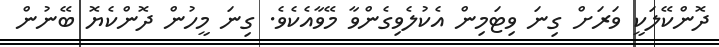
ދޮންކޭލަކީ ވަރަށް ގިނަ ވިޓަމިން އެކުލެވިގެންވާ މޭވާއެކެވެ. ގިނަ މީހުން ދޮންކެޔޮ ބޭނުން